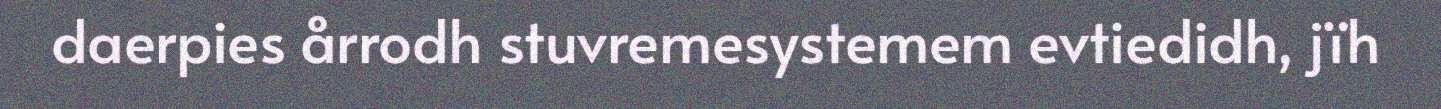
daerpies årrodh stuvremesystemem evtiedidh, jïh